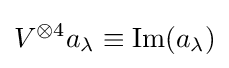
V^{\otimes 4}a_{\lambda }\equiv \operatorname {Im} (a_{\lambda })